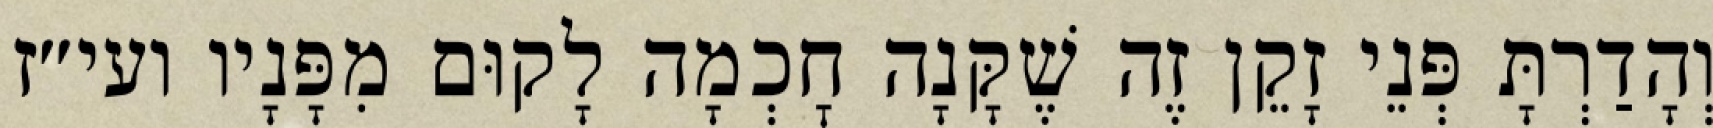
וְהָדַרְתָּ פְּנֵי זָקֵן זֶה שֶׁקָּנָה חׇכְמָה לָקוּם מִפָּנָיו ועי״ז